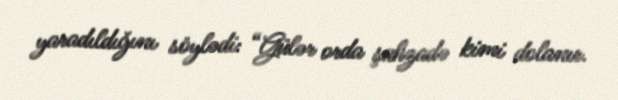
yaradıldığını söylədi: “Gülər orda şahzadə kimi dolanır.